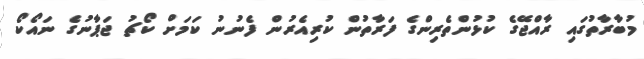
މުބާރާތުގައި ރާއްޖޭގެ ކުޅުންތެރިންގެ ފަރާތުން ކުރިއެރުން ފެނުނު ކަމަށް ކޯޗު ޖަޕާނުގެ ނައޯކޯ